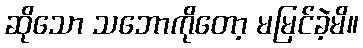
ဆိုသော သဘောကိုတော့ မမြင်ခဲ့မိ။